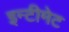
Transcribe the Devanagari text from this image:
इन्टीमेट